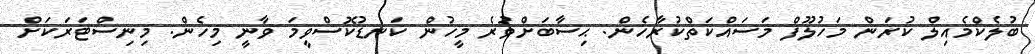
ބުލެކްމެއިލް ކުރަން މަހުލޫފް މަސައްކަތްކުރާހެން. ޙިސާބަށްވުރެ މީހުން ކަނޑުކޮސްވީމަ ވާނީ މިހެން. މިނިސްޓަަރަކަށް